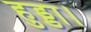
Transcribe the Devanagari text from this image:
हुड्डा।